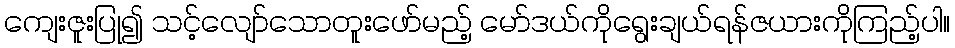
ကျေးဇူးပြု၍ သင့်လျော်သောတူးဖော်မည့် မော်ဒယ်ကိုရွေးချယ်ရန်ဇယားကိုကြည့်ပါ။